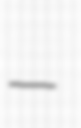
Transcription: –